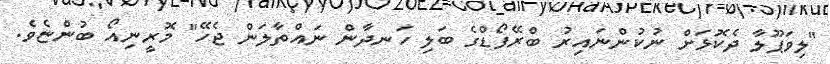
"ލިވަޕޫލާ ދެކޮޅަށް ނުކުންނައިރު ބްރޭފޯޑްގެ ބަލި ހަނދާން ނައްތާލަން ޖެހޭ" މޮރީނިއޯ ބުންޏެވެ.